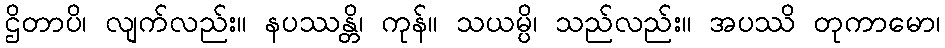
ဌိတာပိ၊ လျက်လည်း။ နပဿန္တိ၊ ကုန်။ သယမ္ပိ၊ သည်လည်း။ အပဿိ တုကာမော၊